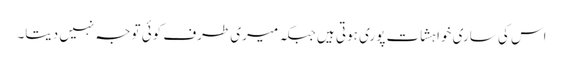
اس کی ساری خواہشات پوری ہوتی ہیں جبکہ میری طرف کوئی توجہ نہیں دیتا۔